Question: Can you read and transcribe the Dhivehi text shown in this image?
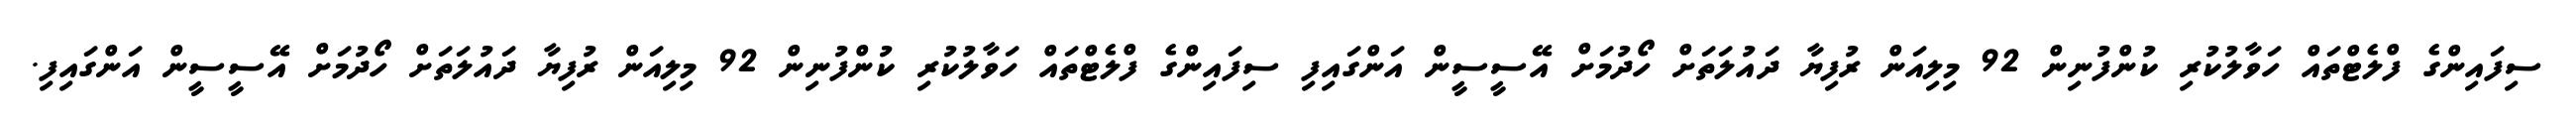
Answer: ސިފައިންގެ ފްލެޓްތައް ހަވާލުކުރި ކުންފުނިން 92 މިލިއަން ރުފިޔާ ދައުލަތަށް ހޯދުމަށް އޭސީސީން އަންގައިފި ސިފައިންގެ ފްލެޓްތައް ހަވާލުކުރި ކުންފުނިން 92 މިލިއަން ރުފިޔާ ދައުލަތަށް ހޯދުމަށް އޭސީސީން އަންގައިފި.